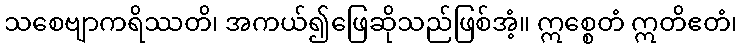
သစေဗျာကရိဿတိ၊ အကယ်၍ဖြေဆိုသည်ဖြစ်အံ့။ ဣစ္စေတံ ဣတိဧတံ၊